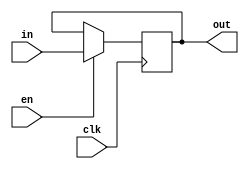
`timescale 1ns / 1ps
//////////////////////////////////////////////////////////////////////////////////
// Company: 
// Engineer: 
// 
// Design Name: 
// Module Name: FlipFlop
// Project Name: 
// Target Devices: 
// Tool Versions: 
// Description: 
// 
// Dependencies: 
// 
// Revision:
// Revision 0.01 - File Created
// Additional Comments:
// 
//////////////////////////////////////////////////////////////////////////////////


module FlipFlop(
    input [31:0] in,
    input clk,
    input en,
    output reg [31:0] out
    );
  
    always @(posedge clk) begin
        if (en) out <= in;
    end

endmodule